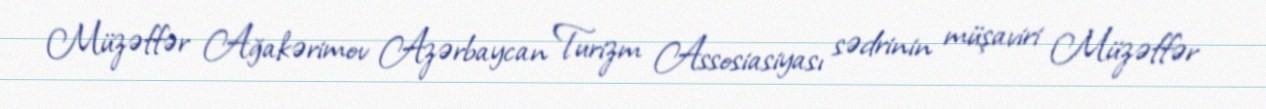
Müzəffər Ağakərimov Azərbaycan Turizm Assosiasiyası sədrinin müşaviri Müzəffər